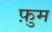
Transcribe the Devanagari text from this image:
फ़ुम